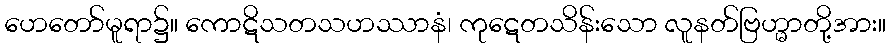
ဟေတော်မူရာ၌။ ကောဋိသတသဟဿာနံ၊ ကုဋေတသိန်းသော လူနတ်ဗြဟ္မာတို့အား။